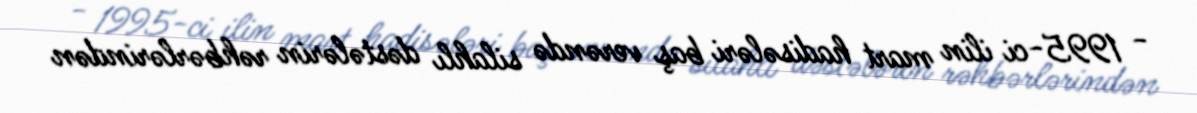
- 1995-ci ilin mart hadisələri baş verəndə silahlı dəstələrin rəhbərlərindən